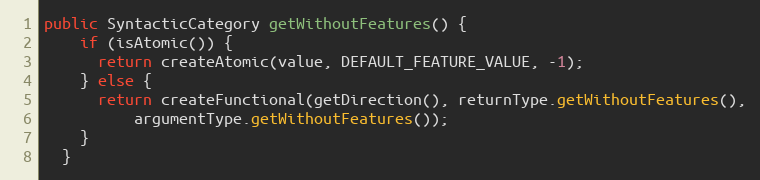
Language: Java
public SyntacticCategory getWithoutFeatures() {
    if (isAtomic()) {
      return createAtomic(value, DEFAULT_FEATURE_VALUE, -1);
    } else {
      return createFunctional(getDirection(), returnType.getWithoutFeatures(),
          argumentType.getWithoutFeatures());
    }
  }